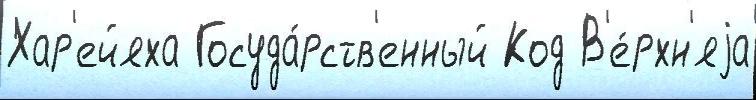
Хар'ейяха Госуда́рств'енный Код В'е́рхн'яjа